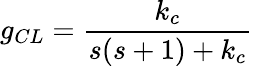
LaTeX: g_{CL}={\frac{k_{c}}{s(s+1)+k_{c}}}